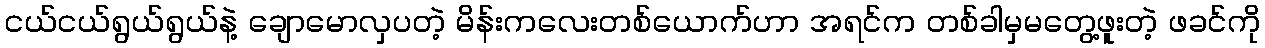
ငယ်ငယ်ရွယ်ရွယ်နဲ့ ချောမောလှပတဲ့ မိန်းကလေးတစ်ယောက်ဟာ အရင်က တစ်ခါမှမတွေ့ဖူးတဲ့ ဖခင်ကို